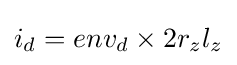
i_{d}=env_{d}\times 2r_{z}l_{z}